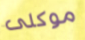
موكلى